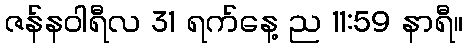
ဇန်နဝါရီလ 31 ရက်နေ့ ည 11:59 နာရီ။